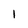
Character: l